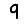
Digit: 9